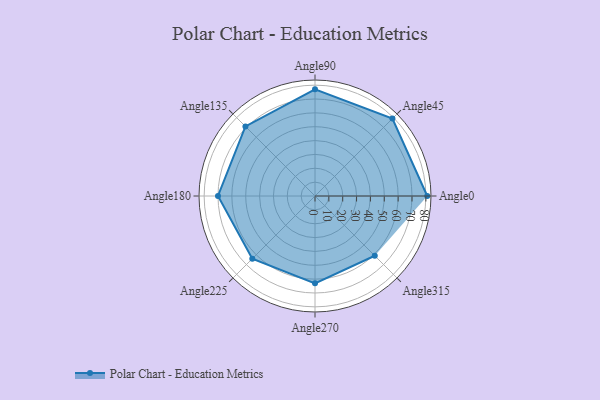
{"axis": {"x": "Angle", "y": "Radius"}, "legend": [""], "data": [{"x": "Angle0", "y": 81.0, "type": ""}, {"x": "Angle45", "y": 79.0, "type": ""}, {"x": "Angle90", "y": 77.0, "type": ""}, {"x": "Angle135", "y": 71.0, "type": ""}, {"x": "Angle180", "y": 70.0, "type": ""}, {"x": "Angle225", "y": 64.0, "type": ""}, {"x": "Angle270", "y": 63.0, "type": ""}, {"x": "Angle315", "y": 61.0, "type": ""}]}